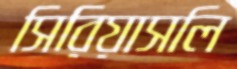
সিরিয়াসলি